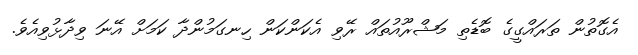
އެގޮތުން ތަރައްގީގެ ބޮޑެތި މަޝްރޫއުތައް ރޭވި އެކަންކަން ހިނގަމުންދާ ކަމަށް އޭނަ ވިދާޅުވިއެވެ.